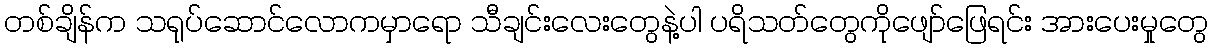
တစ်ချိန်က သရုပ်ဆောင်လောကမှာရော သီချင်းလေးတွေနဲ့ပါ ပရိသတ်တွေကိုဖျော်ဖြေရင်း အားပေးမှုတွေ